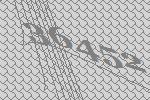
36452